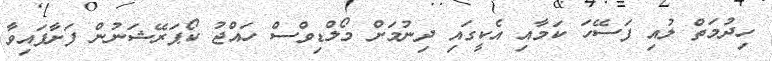
ހިދުމަތް ލުއި ފަސޭހަ ކަމާއި އެކީގައި ދިނުމަށް މޯލްޑިވްސް ހައްޖު ކޯޕަރޭޝަނުން ފަށާފައިވާ